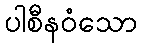
ပါစီနဝံသော